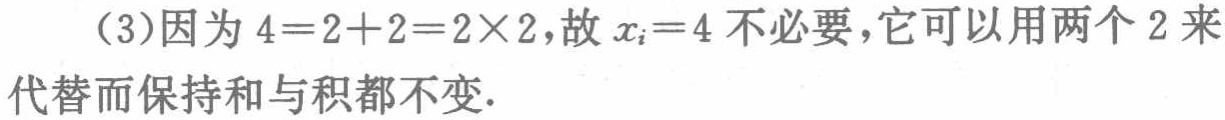
（3）因为\(4 = 2 + 2 = 2\times2\)，故\(x_{i}=4\)不必要，它可以用两个\(2\)来代替而保持和与积都不变.